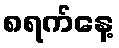
၈ရက်နေ့